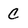
Character: C